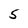
Character: 5